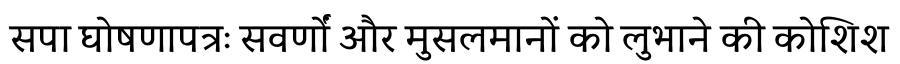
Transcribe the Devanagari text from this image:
सपा घोषणापत्रः सवर्णों और मुसलमानों को लुभाने की कोशिश